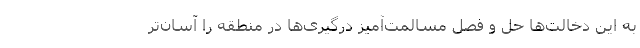
به این دخالت‌ها حل و فصل مسالمت‌آمیز درگیری‌ها در منطقه را آسان‌تر